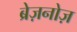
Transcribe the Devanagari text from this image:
ब्रेज़नोज़